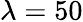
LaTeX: \lambda=50